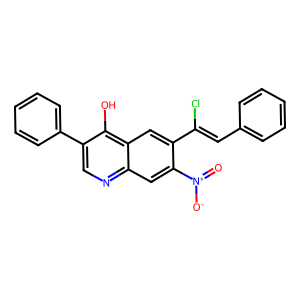
SMILES: O=[N+]([O-])c1cc2ncc(-c3ccccc3)c(O)c2cc1C(Cl)=Cc1ccccc1
Inhibits HIV replication: No